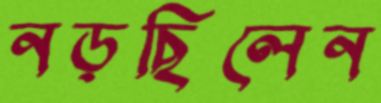
নড়ছিলেন